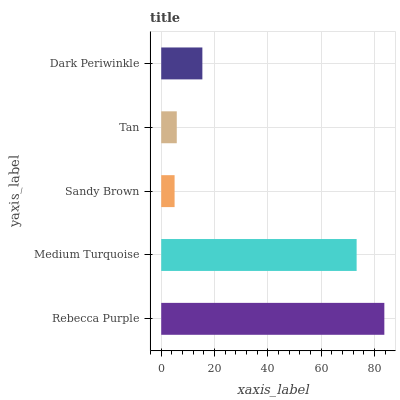
| yaxis_label | bars |
 | --- | --- |
 | Rebecca Purple | 83.6 |
 | Medium Turquoise | 73.2 |
 | Sandy Brown | 5.01 |
 | Tan | 5.83 |
 | Dark Periwinkle | 15.4 |